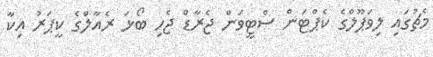
މެޗުގައި ލިވަޕޫލްގެ ކެޕްޓަން ސްޓީވަން ޖެރާޑް ޖެހި ބޯޅަ ރެއާލްގެ ކީޕަރު އިކާ